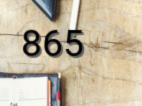
865